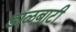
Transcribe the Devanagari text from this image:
डाळबाटी